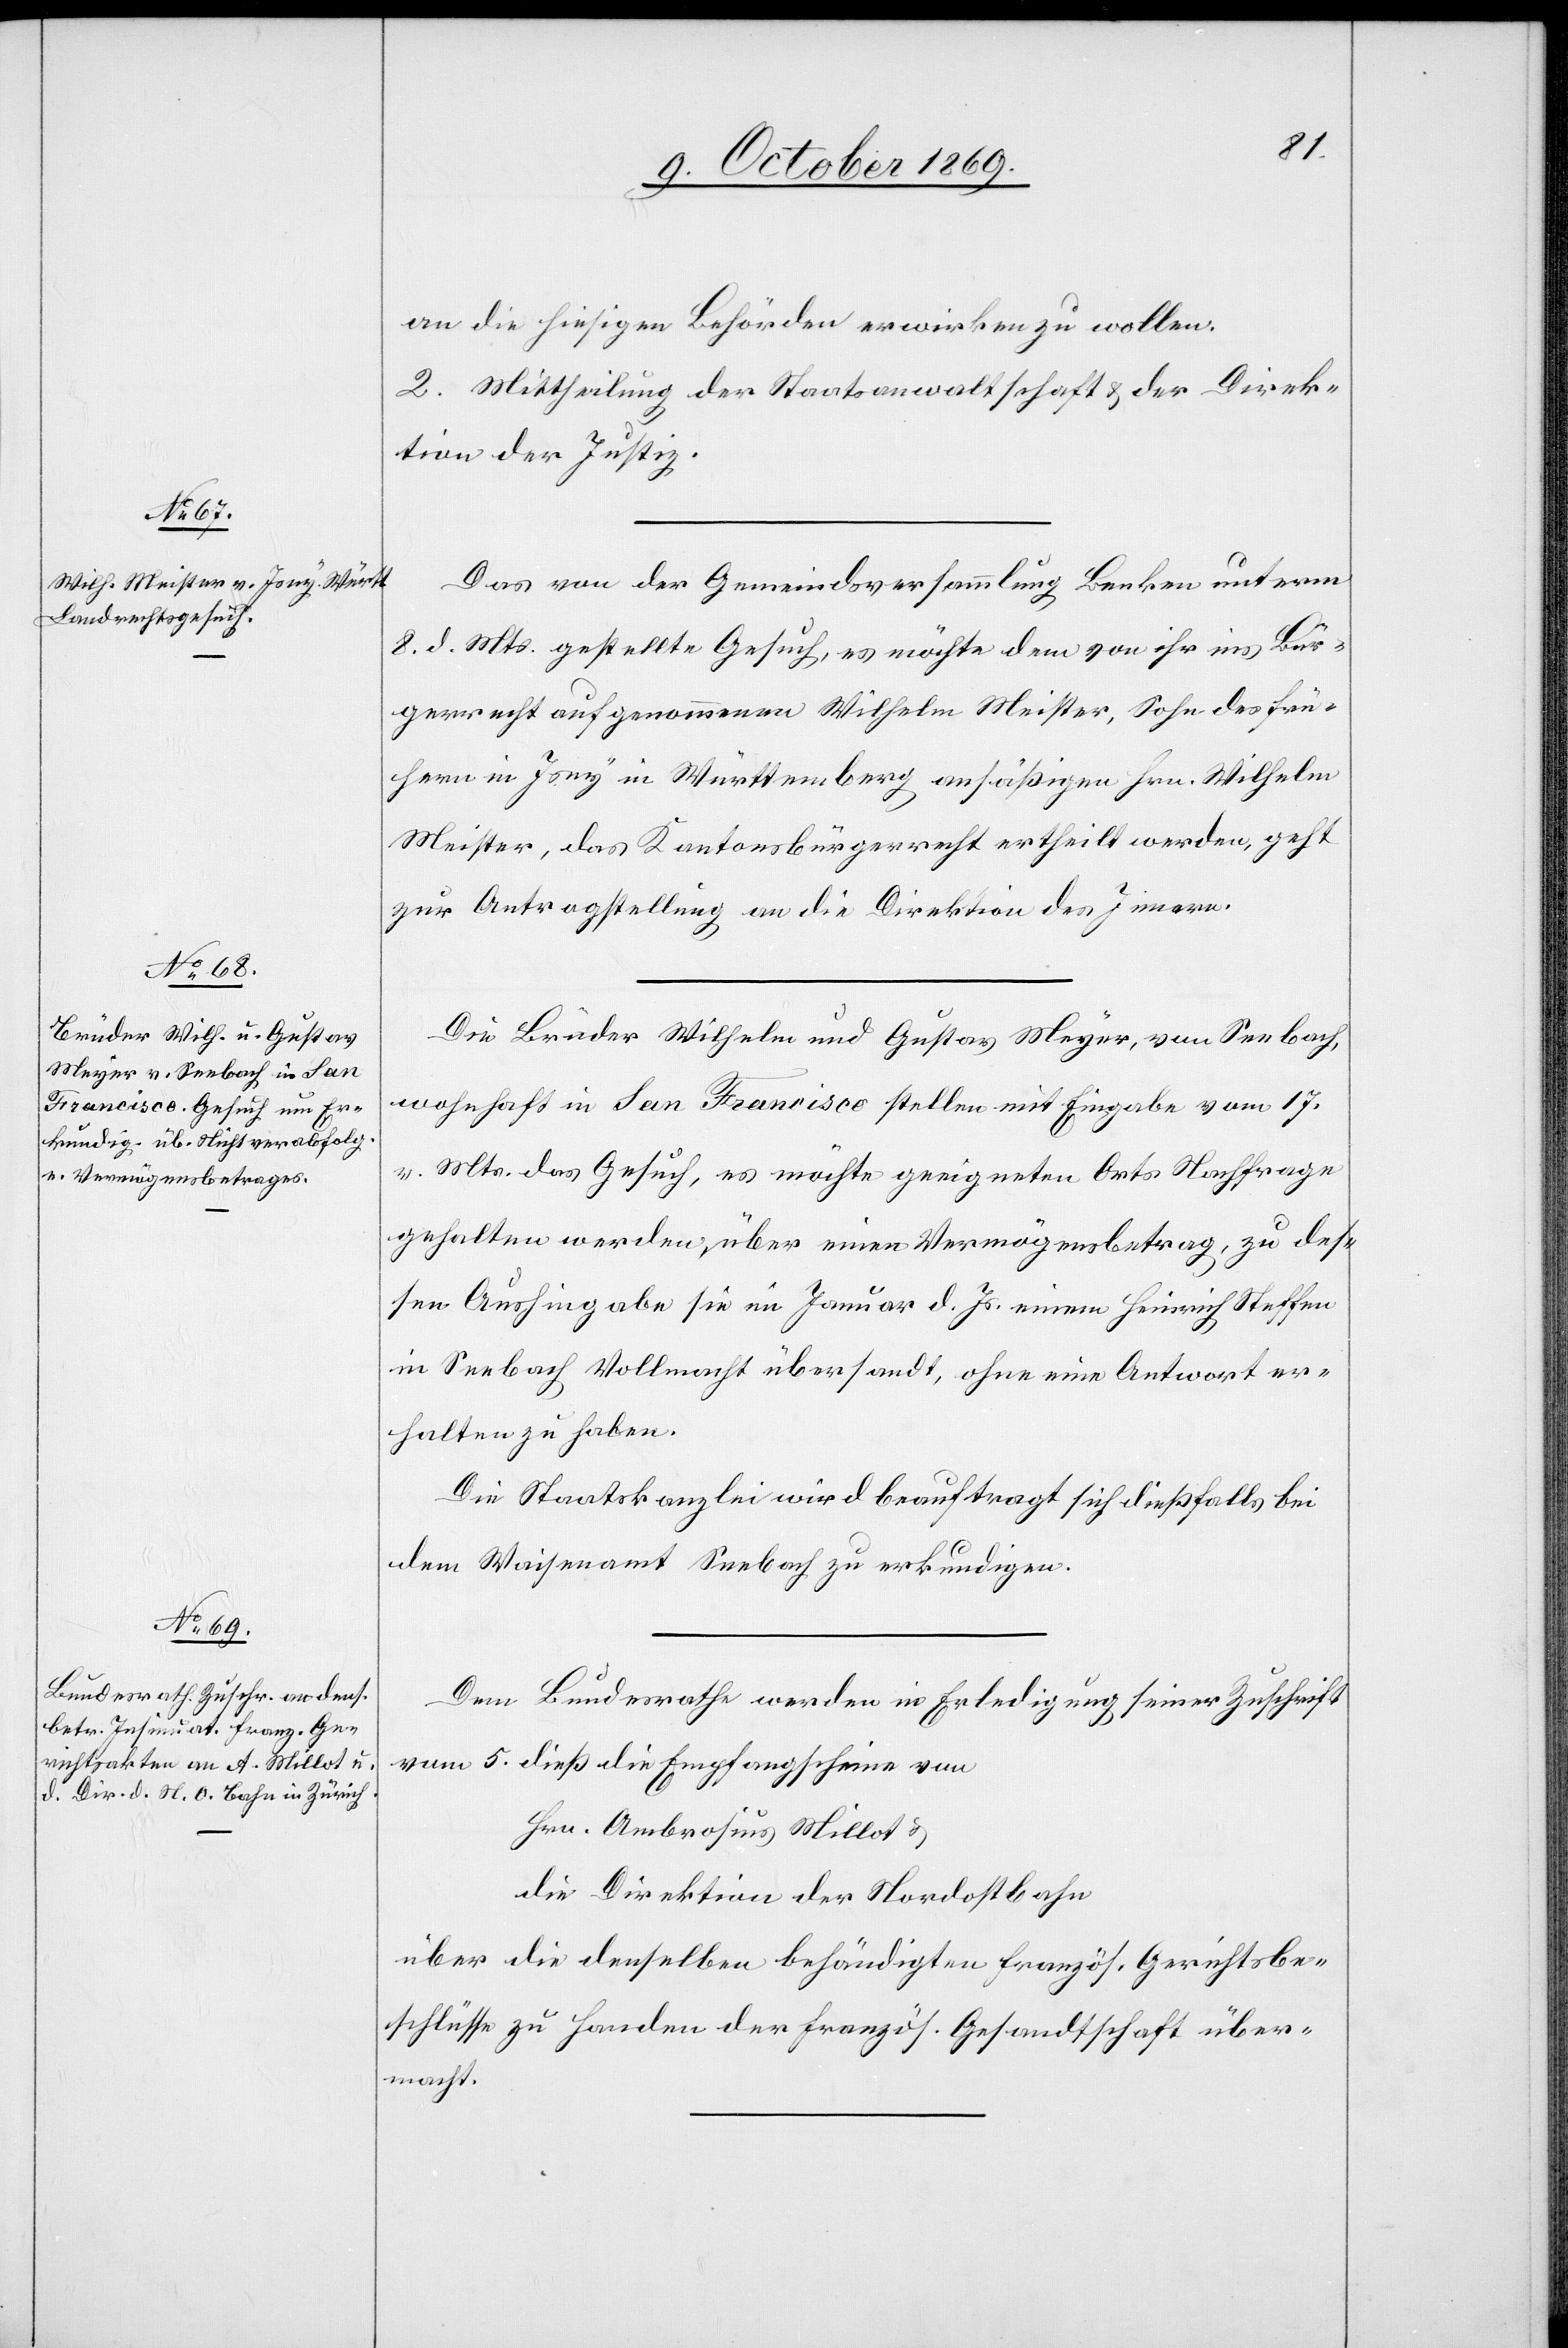
11. October 1869]
an die hiesigen Behörden erwirken zu wollen.
2. Mittheilung der Staatsanwaltschaft & der Direk¬
tion der Justiz.
Das von der Gemeindsversammlung Benken unterm
8. d. Mts. gestellte Gesuch, es möchte dem von ihr ins Bür¬
gerrecht aufgenommenen Wilhelm Meister, Sohn des frü¬
hern in Isny in Württemberg ansäßigen Hrn. Wilhelm
Meister, das Kantonsbürgerrecht ertheilt werden, geht
zur Antragstellung an die Direktion des Innern.
Die Brüder Wilhelm und Gustav Meyer, von Seebach,
wohnhaft in San Francisco stellen mit Eingabe vom 17.
v. Mts. das Gesuch, es möchte geeigneten Orts Nachfrage
gehalten werden, über einen Vermögensbetrag, zu des¬
sen Aushingabe sie im Januar d. Js. einem Heinrich Steffen
in Seebach Vollmacht übersandt, ohne eine Antwort er¬
halten zu haben.
Die Staatskanzlei wird beauftragt sich dießfalls bei
dem Waisenamt Seebach zu erkundigen.
Dem Bundesrathe werden in Erledigung seiner Zuschrift
vom 5. dieß die Empfangscheine von
Hrn. Ambrosius Millot &
die Direktion der Nordostbahn
über die denselben behändigten französ. Gerichtsbe¬
schlüsse zu Handen der französ. Gesandtschaft über¬
macht.